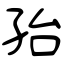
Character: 孡